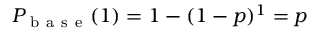
P _ { \mathrm { ~ b ~ a ~ s ~ e ~ } } ( 1 ) = 1 - ( 1 - p ) ^ { 1 } = p